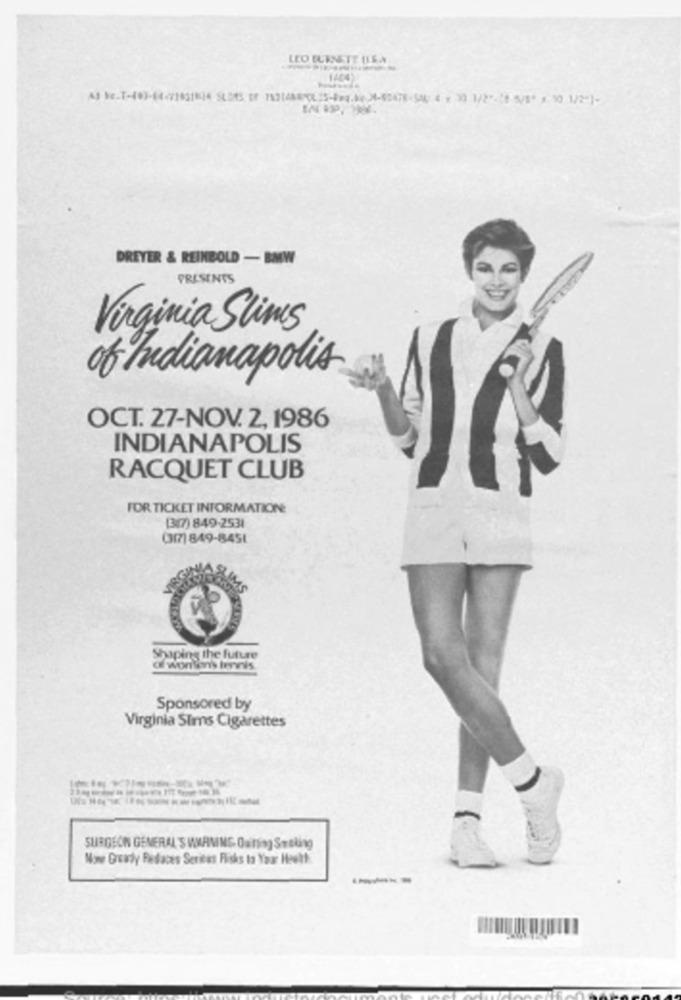
LEO BURNETT LLEN
DREYER & REINBOLD - BMW
PRESENTS
Virginia Slims
of Indianapolis
OCT. 27-NOV. 2, 1986
INDIANAPOLIS
RACQUET CLUB
FOR TICKET INFORMATIONE
(307) 849-2531
(3/7) 849-8451
Shaping the future
Sponsored by
Virginia Sims Cigarettes
SURGEON GENERAL'SWARMING Outing Setking
Now Guardy Redaces Serites Flicks Is Your Heult
----